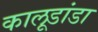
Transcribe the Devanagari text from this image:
कालूडांडा